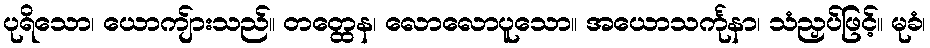
ပုရိသော၊ ယောကျ်ားသည်။ တတ္ထေန၊ လောလောပူသော။ အယောသင်္ကုနာ၊ သံညှပ်ဖြင့်။ မုခံ၊